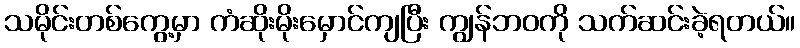
သမိုင်းတစ်ကွေ့မှာ ကံဆိုးမိုးမှောင်ကျပြီး ကျွန်ဘဝကို သက်ဆင်းခဲ့ရတယ်။